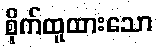
စိုက်ထူထားသော